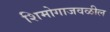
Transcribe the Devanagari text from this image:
शिमोगाजवळील